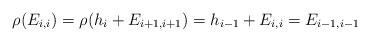
LaTeX: \begin{gather*}\rho(E_{i,i}) = \rho(h_i + E_{i+1,i+1}) = h_{i-1} + E_{i,i} = E_{i-1,i-1}\end{gather*}